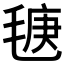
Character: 𣮣